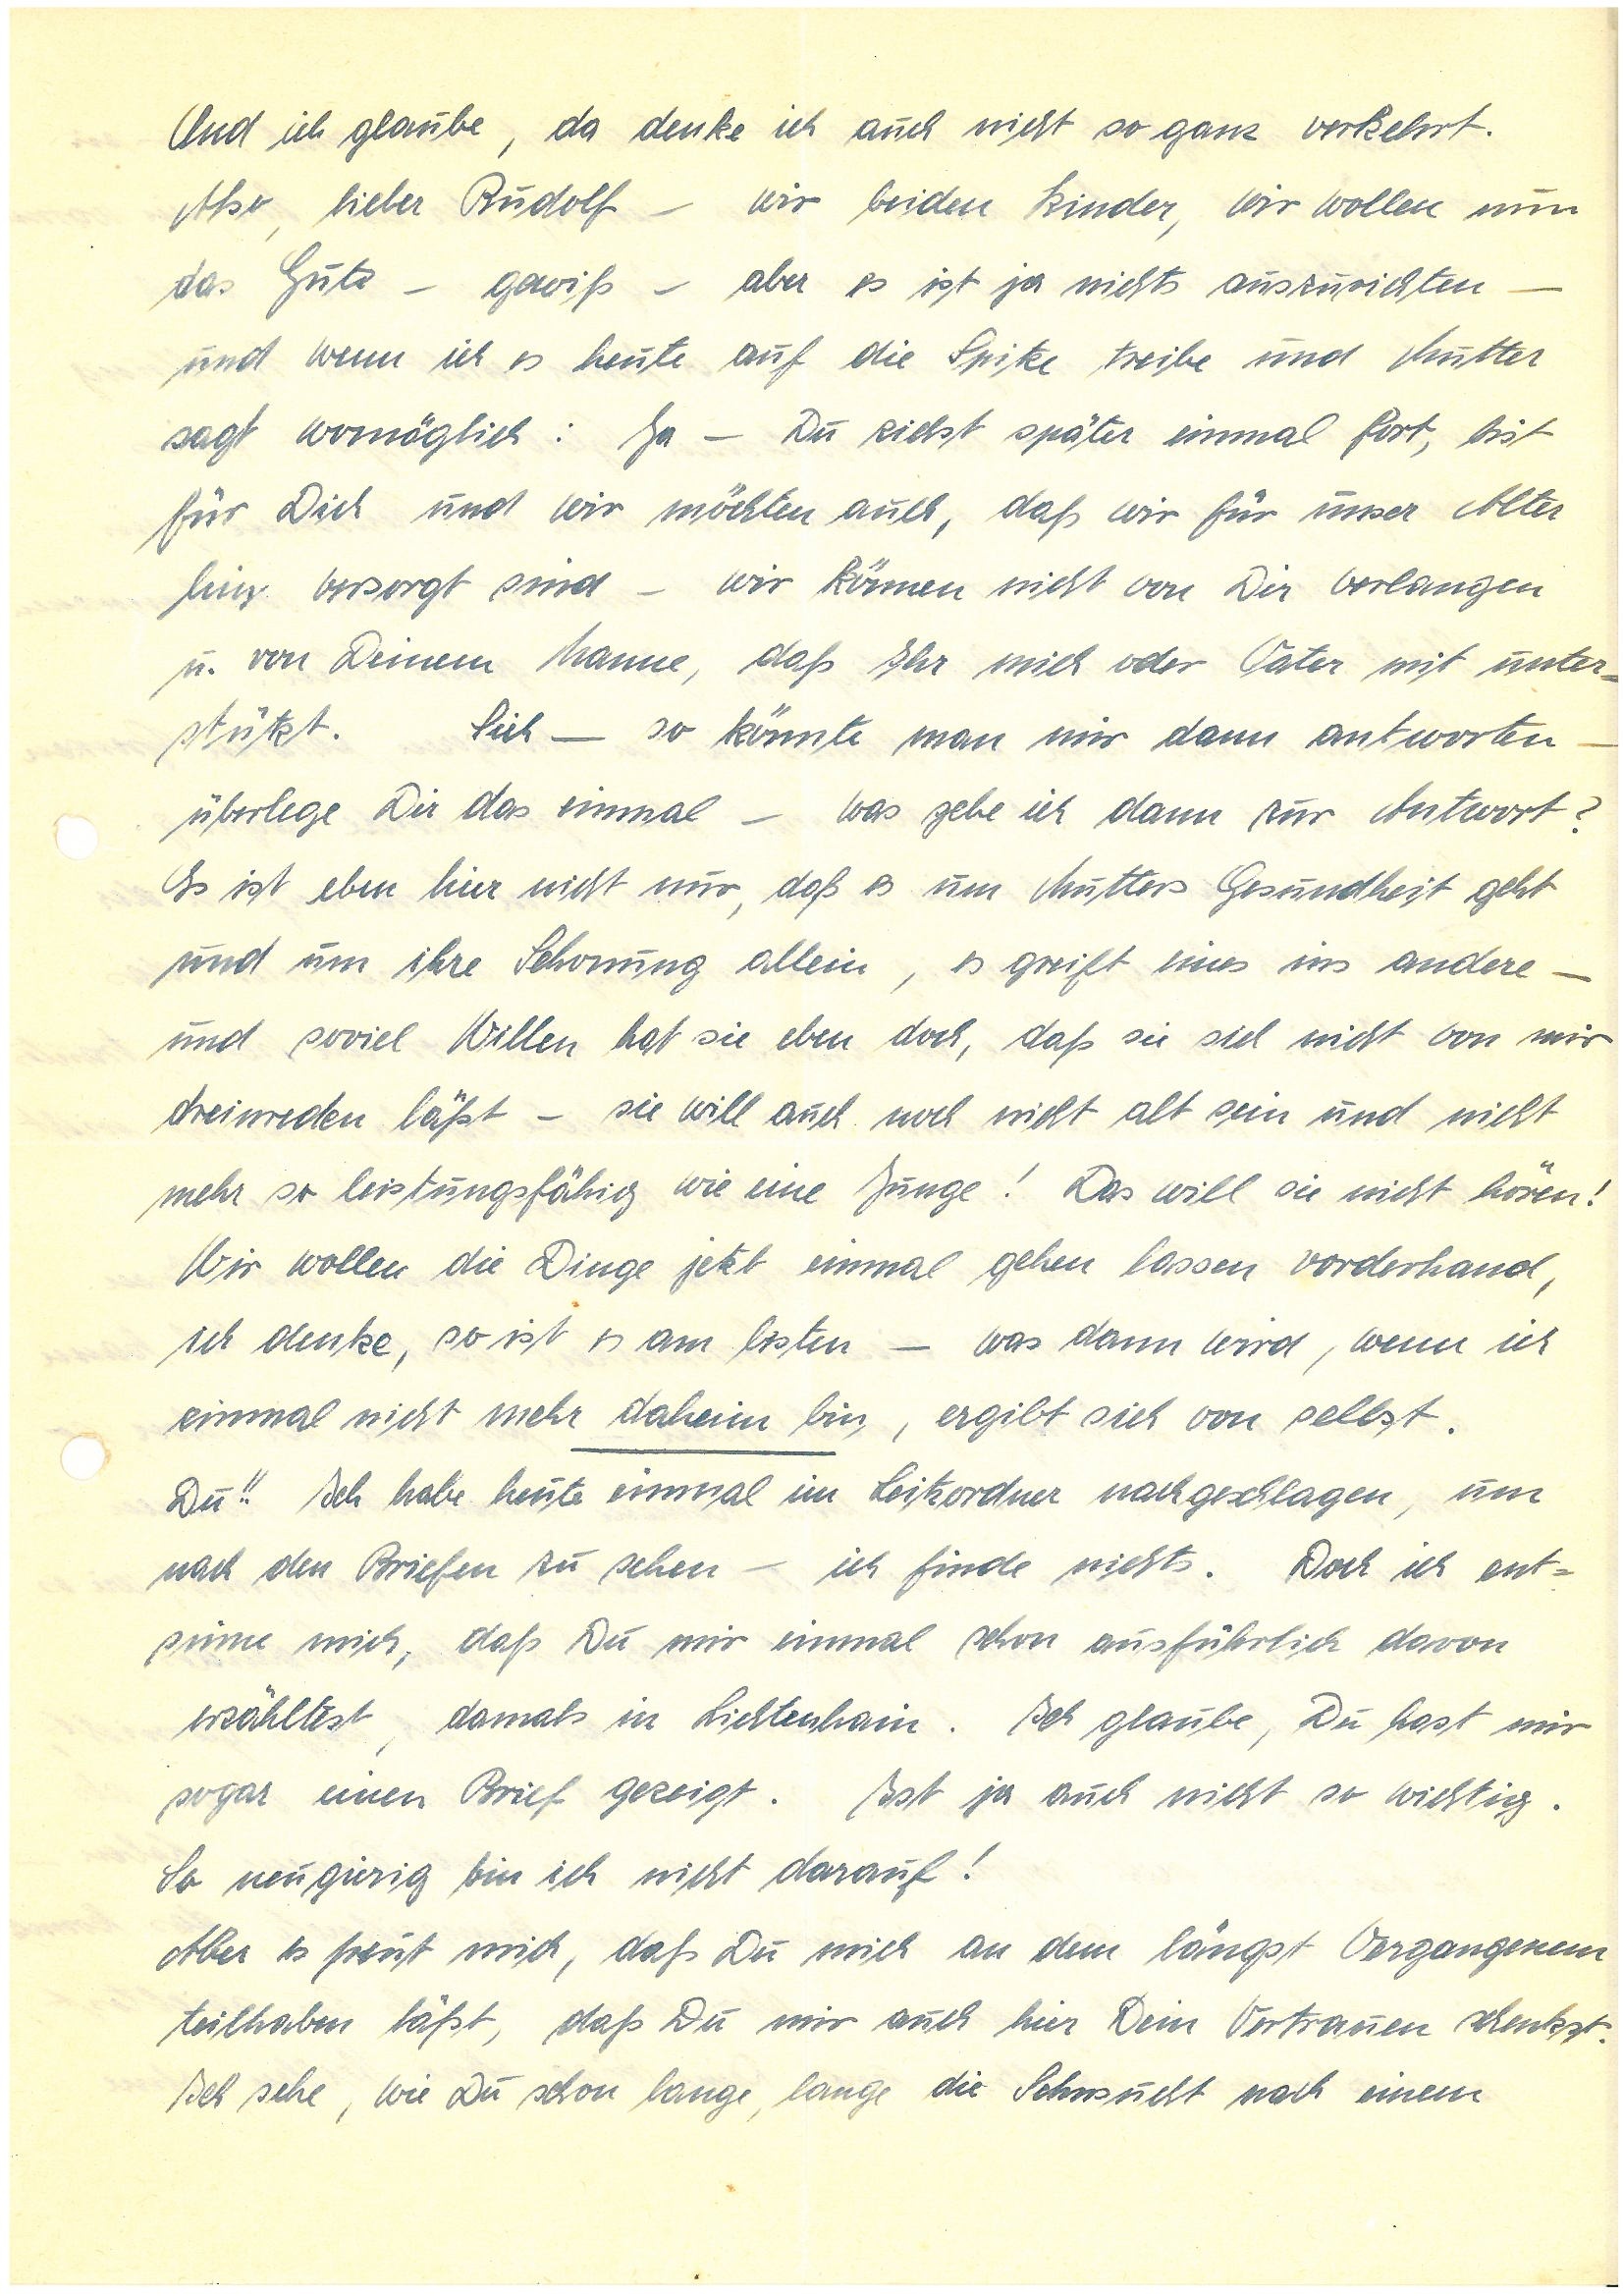
Und ich glaube, da denke ich auch nicht so ganz verkehrt.
Also, lieber  — wir beiden Kinder, wir wollen nun
das Gute – gewiß – aber es ist ja nichts auszurichten —
und wenn ich es heute auf die Spitze treibe und Mutter
sagt womöglich: Ja – Du ziehst später einmal fort, bist
für Dich und wir möchten auch, daß wir für unser Alter
hier versorgt sind – wir können nicht von Dir verlangen,
u. von Deinem Manne, daß Ihr mich oder Vater mit unter¬
stützt. Sieh — so könnte man mir dann antworten –
überlege Dir das einmal – was gebe ich dann zur Antwort?
Es ist eben hier nicht nur, daß es um Mutters Gesundheit geht
und um ihre Schonung allein, es greift eines ins andere –
und soviel Willen hat sie eben doch, daß sie sich nicht von mir
dreinreden läßt – sie will auch noch nicht alt sein und nicht
mehr so leistungsfähig wie eine Junge! Das will sie nicht hören!
Wir wollen die Dinge jetzt einmal gehen lassen vorderhand,
ich denke, so ist es am Besten – was dann wird, wenn ich
einmal nicht mehr daheim bin, ergibt sich von selbst.
Du!! Ich habe heute einmal im Leitzordner nachgeschlagen, um
nach den Briefen zu sehen – ich finde nichts. Doch ich ent¬
sinne mich, daß Du mir einmal schon ausführlich davon
erzähltest, damals in L. Ich glaube, Du hast mir
sogar einen Brief gezeigt. Ist ja auch nicht so wichtig.
So neugierig bin ich nicht darauf!
Aber es freut mich, daß Du mich an dem längst Vergangenem
teilhaben lässt, daß Du mir auch hier Dein Vertrauen schenkst.
Ich sehe, wie Du schon lange, lange die Sehnsucht nach einem